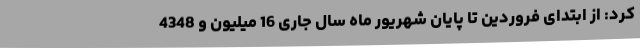
کرد: از ابتدای فروردین تا پایان شهریور ماه سال جاری 16 میلیون و 4348